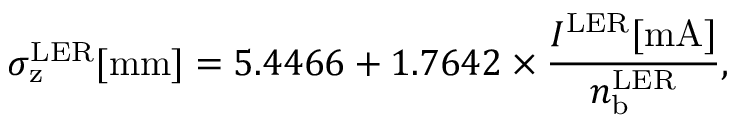
\sigma _ { \mathrm { z } } ^ { \mathrm { L E R } } [ \mathrm { m m } ] = 5 . 4 4 6 6 + 1 . 7 6 4 2 \times \frac { I ^ { \mathrm { L E R } } [ \mathrm { m A } ] } { n _ { \mathrm { b } } ^ { \mathrm { L E R } } } ,